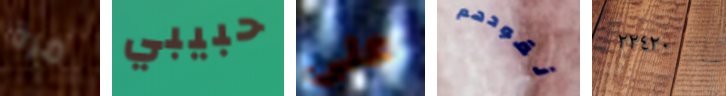
مرة حبيبي على نقودهم ٢٢٤٢٠